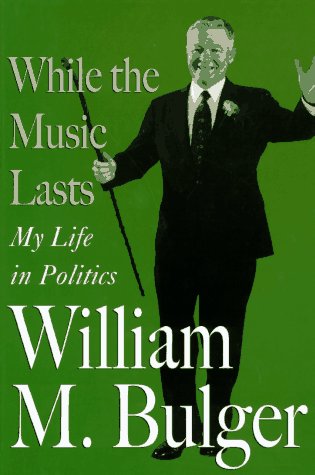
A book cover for While the Music Lasts: My Life in Politics; William M Bulger; Biographies & Memoirs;